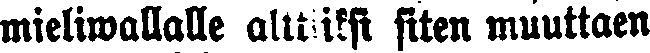
mieliwallalle alttiiksi siten muuttaen